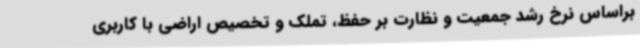
براساس نرخ رشد جمعیت و نظارت بر حفظ، تملک و تخصیص اراضی با کاربری